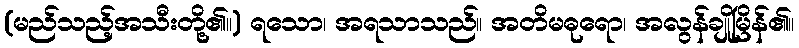
(မည်သည့်အသီးတို့၏။) ရသော၊ အရသာသည်။ အတိမဓုရော၊ အလွန်ချိုမြိန်၏။